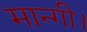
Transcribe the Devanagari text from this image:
मान्गी।